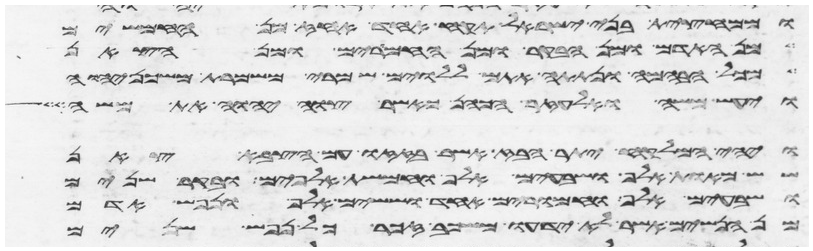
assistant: וממחצית בני ישראל תקח אחד אחז מן החמשים
מן האדם ומן הבקר ומן החמרים ומן הצאן
מכל הבהמה ונתתה אתם ללוים שמרי משמרת משכן יהוה
ויעש משה ואלעזר הכהן כאשר צוה יהוה את משה
ויהי המלקח יתר הבז אשר בזזו עם הצבא צאן
שש מאות אלף ושבעים אלף וחמשת אלפים ובקר שנים
ושבעים אלף וחמרים אחד וששים אלף ונפש אדם
מן הנשים אשר לא ידעו משכב זכר כל נפש שנים